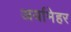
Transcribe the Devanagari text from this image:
अर्यामेहर